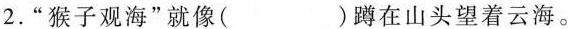
2.”猴子观海”就像( )蹲在山头望着云海。